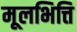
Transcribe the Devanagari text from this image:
मूलभित्ति